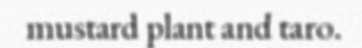
mustard plant and taro.